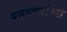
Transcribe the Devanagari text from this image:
बसवण्णांच्या